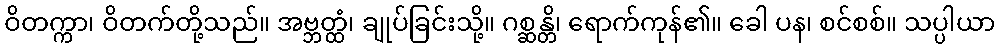
ဝိတက္ကာ၊ ဝိတက်တို့သည်။ အဗ္ဘတ္ထံ၊ ချုပ်ခြင်းသို့။ ဂစ္ဆန္တိ၊ ရောက်ကုန်၏။ ခေါ ပန၊ စင်စစ်။ သပ္ပါယာ